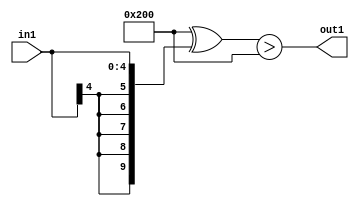
`timescale 1ps / 1ps
/*****************************************************************************
    Verilog RTL Description
    
    
    Created by: Stratus DpOpt 21.05.01 
*******************************************************************************/

module dut_Gti0s5_4 (
	in1,
	out1
	); /* architecture "behavioural" */ 
input [4:0] in1;
output  out1;
wire  asc001;

assign asc001 = ((10'B1000000000 ^ {{5{in1[4]}}, in1})>(10'B1000000000 ^ 10'B0000000000));

assign out1 = asc001;
endmodule

/* CADENCE  ubP4Sgg= : u9/ySxbfrwZIxEzHVQQV8Q== ** DO NOT EDIT THIS LINE ******/